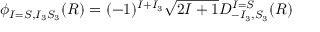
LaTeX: \phi _ { I = S , I _ { 3 } S _ { 3 } } ( R ) = ( - 1 ) ^ { I + I _ { 3 } } \sqrt { 2 I + 1 } D _ { - I _ { 3 } , S _ { 3 } } ^ { I = S } ( R )